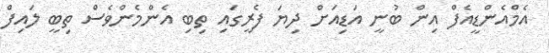
އެމްއެންޑީއެފް އިން ބުނީ އަޑިއަށް ދިޔަ ފެރީގައި ތިބި އެންމެންވެސް ތިބީ ލައިފް